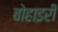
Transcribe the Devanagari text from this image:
बोहाइरी